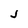
Character: j